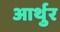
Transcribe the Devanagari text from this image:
आर्थुर